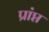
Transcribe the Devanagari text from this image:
प्रांप्त